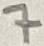
Text: 7